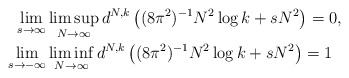
\begin{align*}\lim_{s\to \infty} &\limsup_{N\to \infty} d^{N,k} \left( (8\pi^2)^{-1}N^2\log k+sN^2 \right)=0,\\\lim_{s\to -\infty} &\liminf_{N\to \infty} d^{N,k} \left( (8\pi^2)^{-1}N^2\log k+sN^2 \right)=1\end{align*}